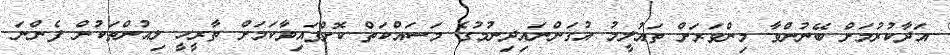
އަދާކުރުމަށް ބޭނުންވާ މިންވަރަށް ތައުލީމު އުގަންނައިދިނުމުގެ މަސައްކަތް ކޮށްފައިވާކަމަށް ތާރީހީ ލިއުންތަކުން ފެންނަ